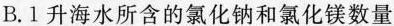
B.1升海水所含的氯化钠和氯化镁数量